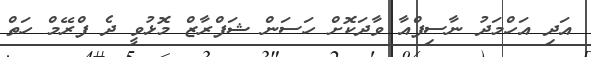
އަދި އަހްމަދު ނާސިފްއާ ވާދަކޮށް ހަސަން ޝަފްރާޒް މޮޅުވީ ދެ ފްރޭމް ހަތް